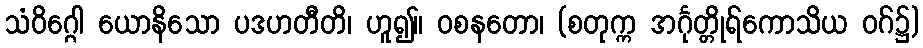
သံဝိဂ္ဂေါ ယောနိသော ပဒဟတီတိ၊ ဟူ၍။ ဝစနတော၊ (စတုက္က အင်္ဂုတ္တိုရ်ကောသိယ ဝဂ်၌)